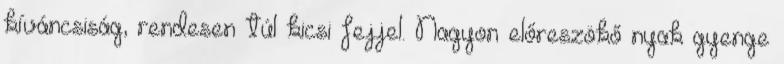
kíváncsiság, rendesen túl kicsi fejjel. Nagyon előreszökő nyak gyenge